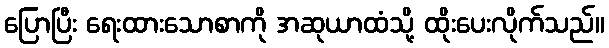
ပြောပြီး ရေးထားသောစာကို အဆုယာထံသို့ ထိုးပေးလိုက်သည်။